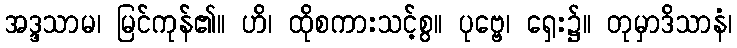
အဒ္ဒသာမ၊ မြင်ကုန်၏။ ဟိ၊ ထိုစကားသင့်စွ။ ပုဗ္ဗေ၊ ရှေး၌။ တုမှာဒိသာနံ၊